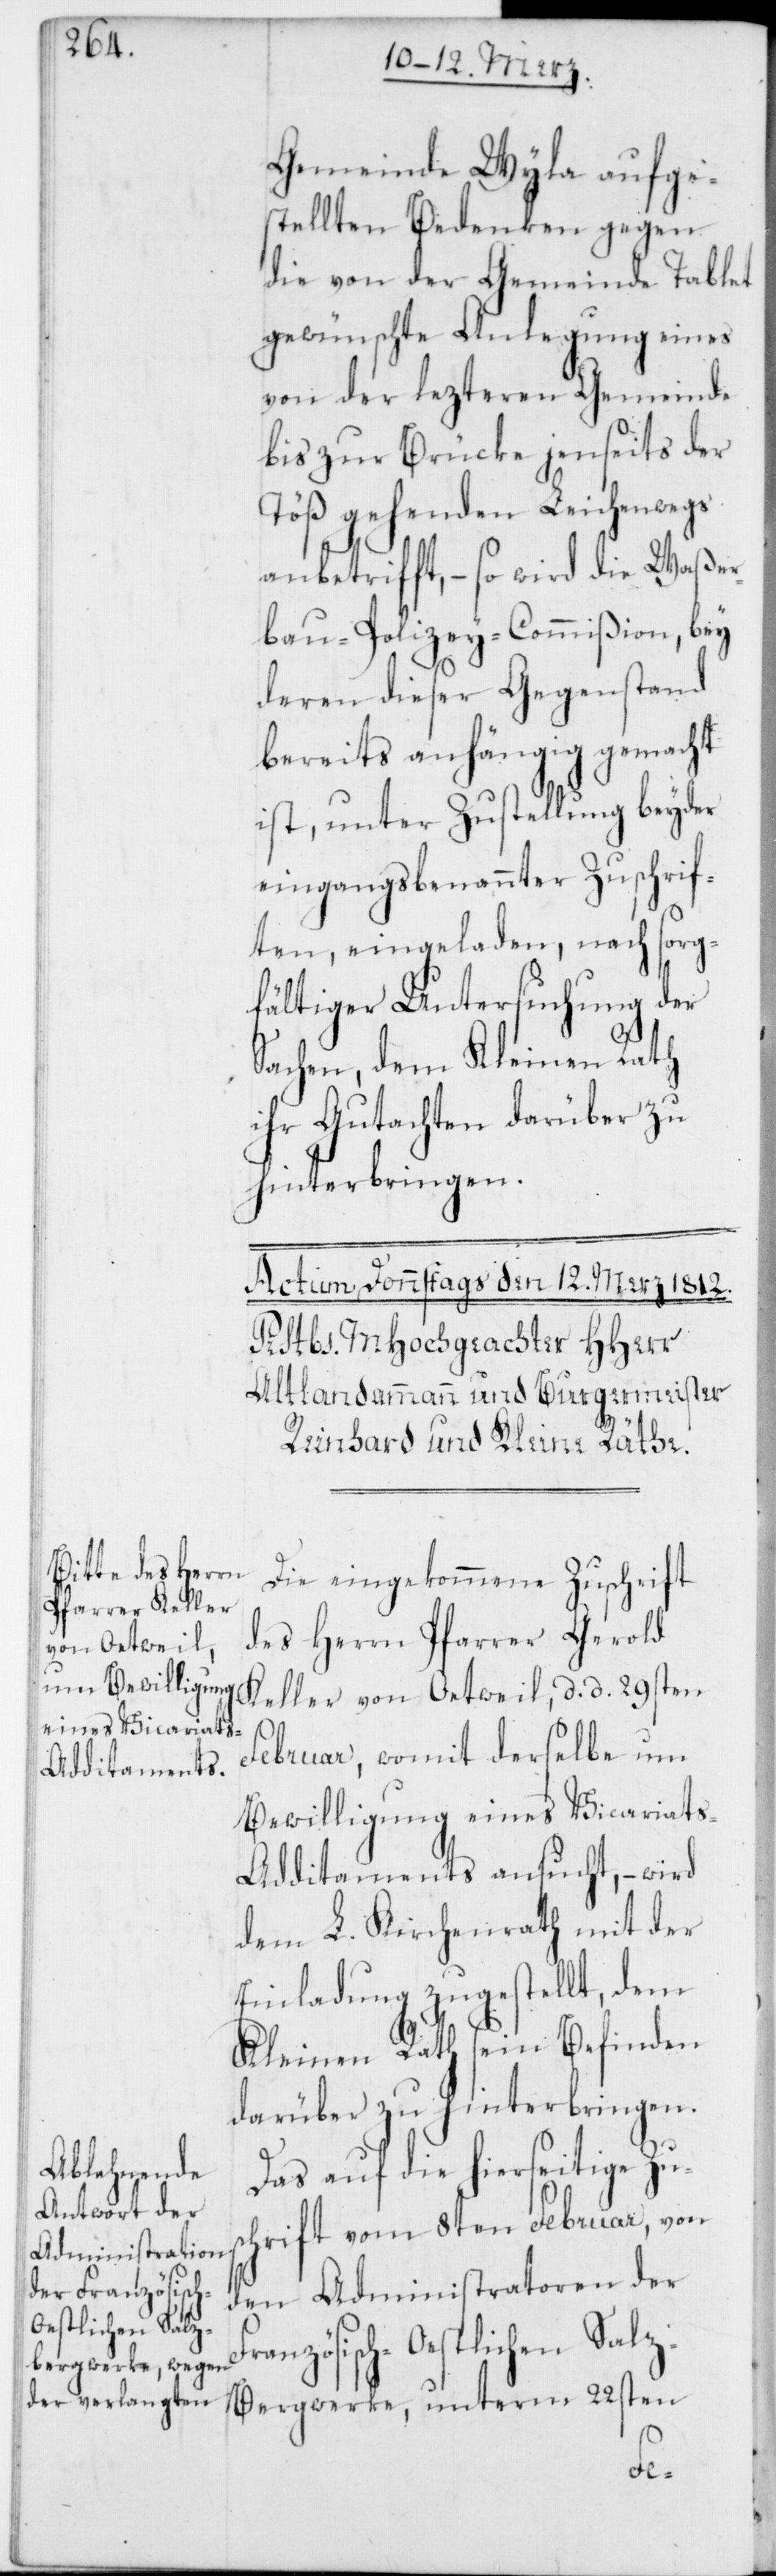
Gemeinde Wyla aufge¬
stellten Bedenken gegen
die von der Gemeinde Tablet
gewünschte Anlegung eines
von der lezteren Gemeinde
bis zur Brücke jenseits der
Töß gehenden Leichenwegs
anbetrifft, – so wird die Waßer¬
bau-Polizei-Commißion, bey
deren dieser Gegenstand
bereits anhängig gemacht
ist, unter Zustellung beyder
eingangs benannter Zuschrif¬
ten, eingeladen, nach sorg¬
fältiger Untersuchung der
Sachen, dem Kleinen Rath
ihr Gutachten darüber zu
hinterbringen.
Die eingekommene Zuschrift
des Herrn Pfarrer Gerold
Keller von Oetweil, d. d. 29sten
Februar, womit derselbe um
Bewilligung eines Vicariat¬
s-Additaments ansucht, – wird
dem L. Kirchenrath mit der
Einladung zugestellt, dem
Kleinen Rath sein Befinden
darüber zu hinterbringen.
Das auf die hierseitige Zus¬
chrift vom 8ten Februar, von
den Administratoren der
anzösisch-Oestlichen Sal¬
z-Bergwerke, unterm 22sten
Fr¬